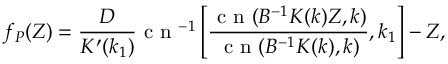
f _ { P } ( Z ) = \frac { D } { K ^ { \prime } ( k _ { 1 } ) } \mathrm { ~ c ~ n ~ } ^ { - 1 } \left[ \frac { \mathrm { ~ c ~ n ~ } ( B ^ { - 1 } K ( k ) Z , k ) } { \mathrm { ~ c ~ n ~ } ( B ^ { - 1 } K ( k ) , k ) } , k _ { 1 } \right] - Z ,